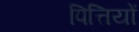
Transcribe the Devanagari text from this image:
पित्तियों